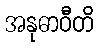
အနုဓာဝီတိ